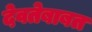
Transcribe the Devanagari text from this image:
देवतेबाबत